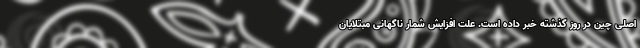
اصلی چین در روز گذشته خبر داده است. علت افزایش شمار ناگهانی مبتلایان